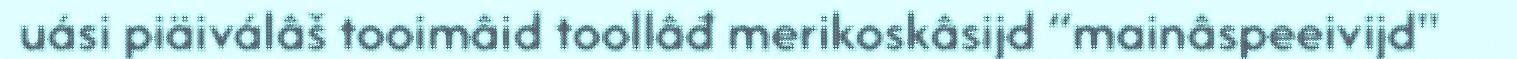
uási piäiválâš tooimâid toollâđ merikoskâsijd “mainâspeeivijd"